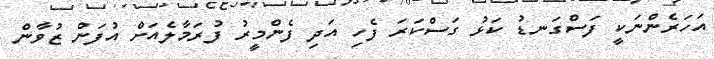
އަހަރެންނަކީ ފަސްގަނޑު ކަޅު ގަސްކަރަ ފެހި އަދި ފެންމީރު ފުރަމާލެއަށް އުފަން ޒުވާން